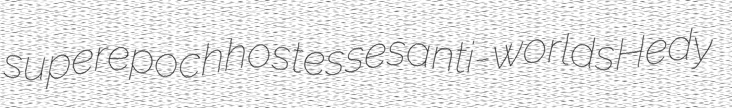
superepoch hostesses anti-worlds Hedy